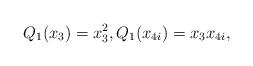
LaTeX: \begin{align*}Q_1( x_3) = x_3^2, Q_1(x_{4i})=x_3x_{4i}, \end{align*}